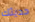
حديثك